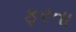
ફરતા